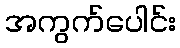
အကွက်ပေါင်း